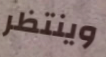
وينتظر